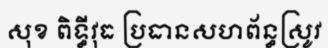
សុខ ពិទ្ធីវុធ ប្រធានសហព័ន្ធស្រូវ